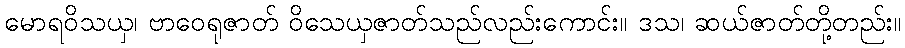
မောရဝိသယှ၊ ဗာဝေရုဇာတ် ဝိသေယှဇာတ်သည်လည်းကောင်း။ ဒသ၊ ဆယ်ဇာတ်တို့တည်း။